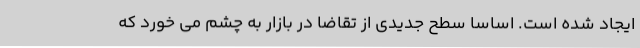
ایجاد شده است. اساساً سطح جدیدی از تقاضا در بازار به چشم می خورد که